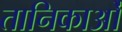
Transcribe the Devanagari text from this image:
तानिकाओं